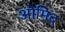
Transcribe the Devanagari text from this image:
ओमिद